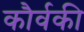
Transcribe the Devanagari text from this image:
कौर्वकी